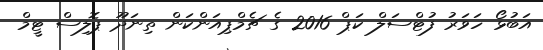
އަބުޅޯ ހަވަރު ފުޓްސަލް ކަޕް 2016 ގެ ޗެމްޕިއަންކަން ތިނަދޫ ޕޮލިސް ޓީމް